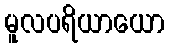
မူလပရိယာယော